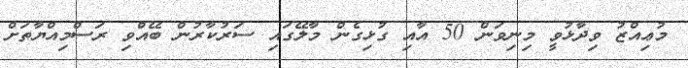
މުޢިއްޒު ވިދާޅުވީ މިނިވަން 50 އާއި ގުޅިގެން މާލޭގައި ސަރުކާރުން ބޭއްވި ރަސްމިއްޔާތަށް